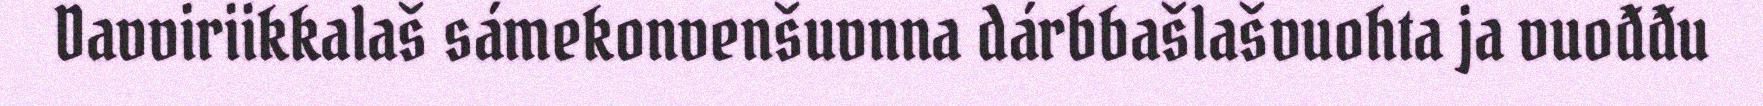
Davviriikkalaš sámekonvenšuvnna dárbbašlašvuohta ja vuođđu